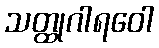
သတ္ထုဂါရဝေါ